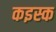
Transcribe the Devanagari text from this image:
कइस्क